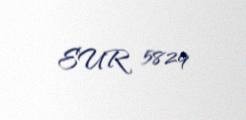
EUR 5829